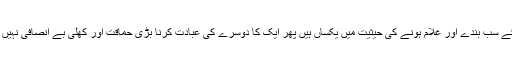
پس جبکہ سب کے سب بندے اور غلام ہونے کی حیثیت میں یکساں ہیں پھر ایک کا دوسرے کی عبادت کرنا بڑی حماقت اور کھلی بے انصافی نہیں تو اور کیا ہے ؟